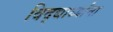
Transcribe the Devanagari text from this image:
विद्द्यार्थ्यांना